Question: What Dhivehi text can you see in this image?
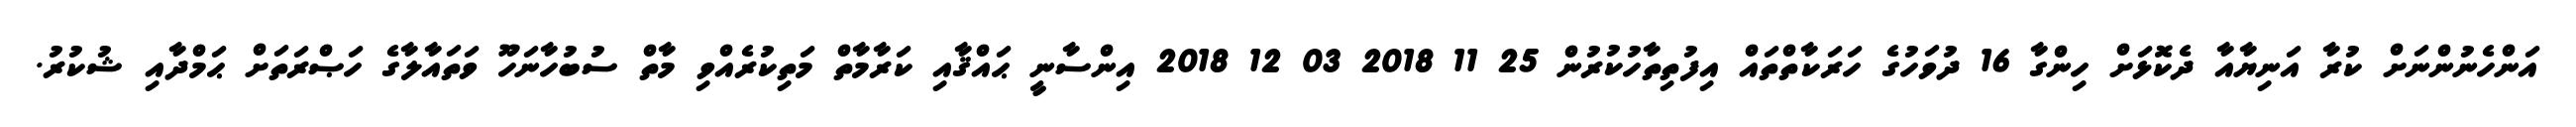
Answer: އަންހެނުންނަށް ކުރާ އަނިޔާއާ ދެކޮޅަށް ހިންގާ 16 ދުވަހުގެ ހަރަކާތްތައް އިފުތިތާހުކުރުން 25 11 2018 03 12 2018 އިންސާނީ ޙައްޤާއި ކަރާމާތް މަތިކުރެއްވި މާތް ސުބުހާނަހޫ ވަތައާލާގެ ހަޞްރަތަށް ޙަމްދާއި ޝުކުރު.